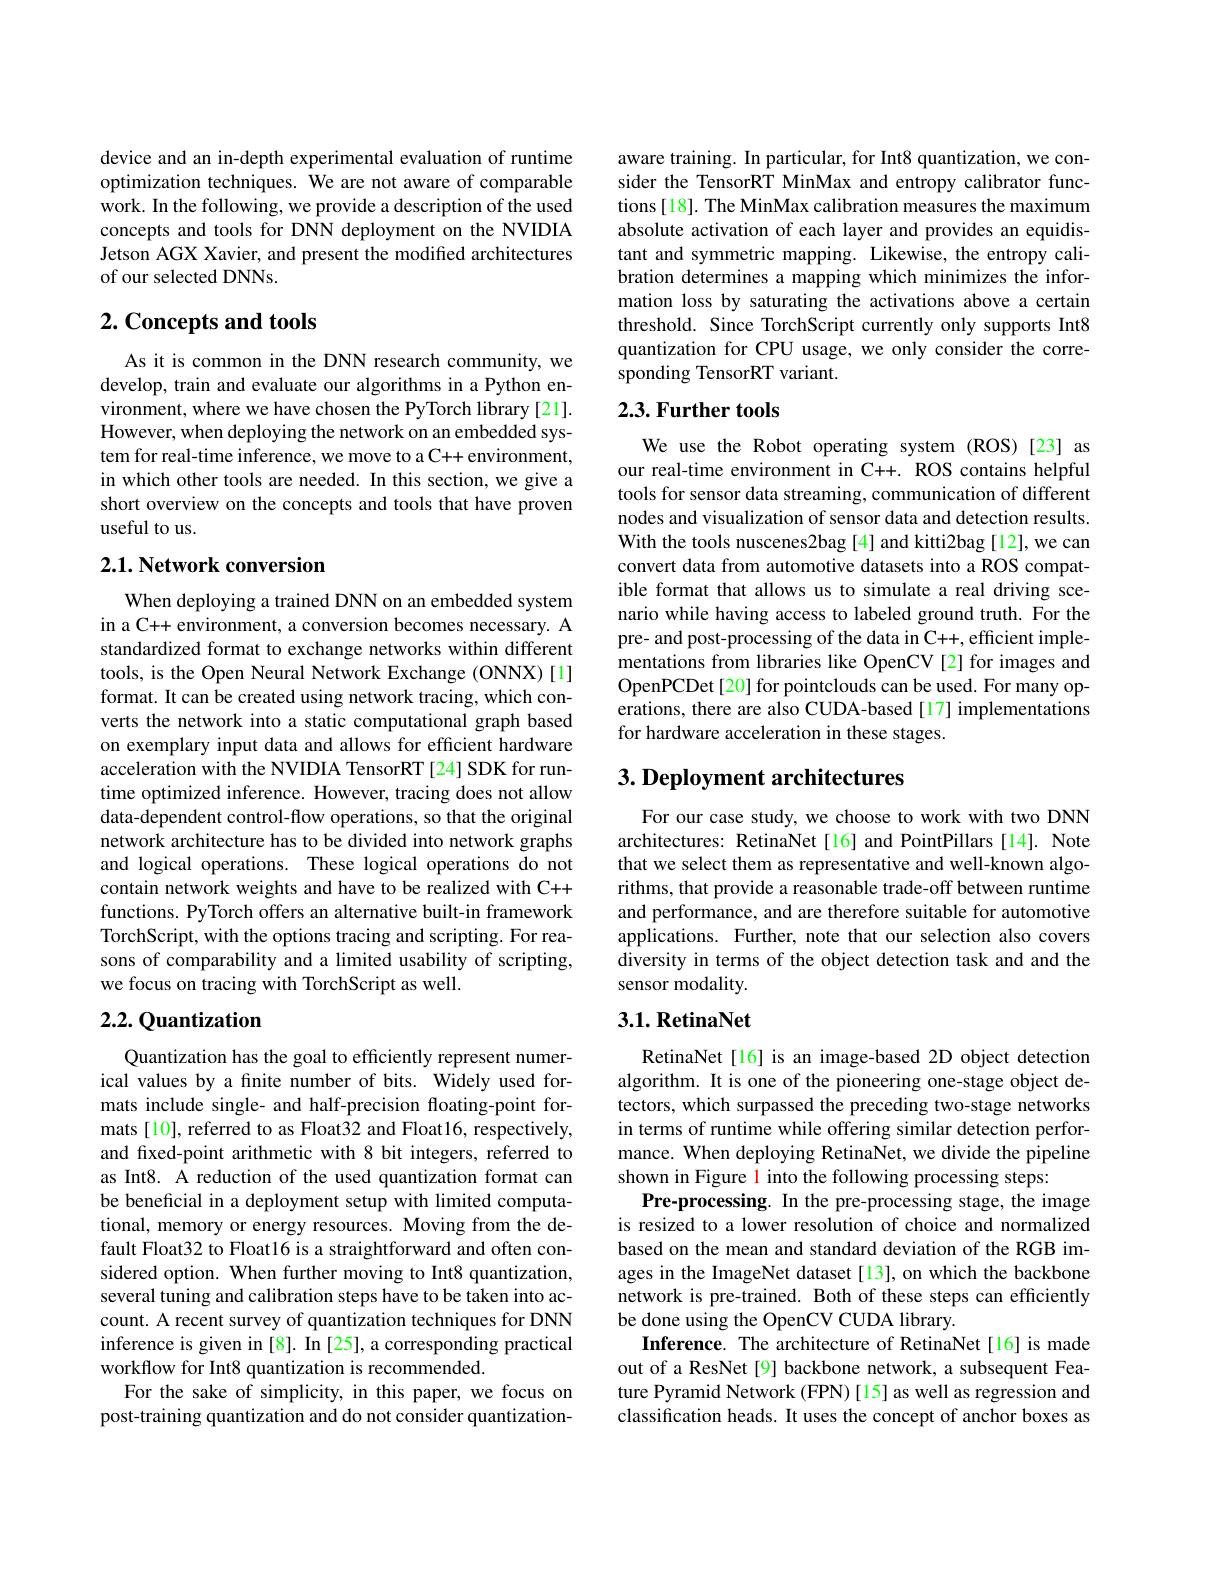
device and an in-depth experimental evaluation of runtime optimization techniques. We are not aware of comparable work. In the following, we provide a description of the used concepts and tools for DNN deployment on the NVIDIA Jetson AGX Xavier, and present the modified architectures of our selected DNNs.

## $2. \textbf{Concepts and tools}$

As it is common in the DNN research community, we develop, train and evaluate our algorithms in a Python environment, where we have chosen the PyTorch library [21]. However, when deploying the network on an embedded system for real-time inference, we move to a C++ environment, in which other tools are needed. In this section, we give a short overview on the concepts and tools that have proven useful to us.

## $2. 1. \textbf{ Network conversion}$

When deploying a trained DNN on an embedded system in a C++ environment, a conversion becomes necessary. A standardized format to exchange networks within different tools, is the Open Neural Network Exchange (ONNX)[1] format. It can be created using network tracing, which converts the network into a static computational graph based on exemplary input data and allows for effcient hardware acceleration with the NVIDIA TensorRT [24] SDK for runtime optimized inference. However, tracing does not allow data-dependent control-flow operations, so that the original network architecture has to be divided into network graphs and logical operations. These logical operations do not contain network weights and have to be realized with C++ functions. PyTorch offers an alternative built-in framework TorchScript, with the options tracing and scripting. For reasons of comparability and a limited usability of scripting, we focus on tracing with TorchScript as well.

## 2.2. Quantization

Quantization has the goal to efficiently represent numerical values by a finite number of bits. Widely used formats include single- and half-precision floating-point formats [10], referred to as Float32 and Float16, respectively, and fixed-point arithmetic with 8 bit integers, referred to as Int8. A reduction of the used quantization format can be beneficial in a deployment setup with limited computational, memory or energy resources. Moving from the default Float32 to Float16 is a straightforward and often considered option. When further moving to Int8 quantization, several tuning and calibration steps have to be taken into account. A recent survey of quantization techniques for DNN inference is given in [8]. In [25], a corresponding practical workflow for Int8 quantization is recommended.
For the sake of simplicity, in this paper, we focus on post-training quantization and do not consider quantization-

aware training. In particular, for Int8 quantization, we consider the TensorRT MinMax and entropy calibrator functions [18]. The MinMax calibration measures the maximum absolute activation of each layer and provides an equidistant and symmetric mapping. Likewise, the entropy calibration determines a mapping which minimizes the information loss by saturating the activations above a certain threshold. Since TorchScript currently only supports Int8 quantization for CPU usage, we only consider the corresponding TensorRT variant.

### $2. 3. \textbf{Further tools}$

We use the Robot operating system (ROS)[23] as our real-time environment in C++. ROS contains helpful tools for sensor data streaming, communication of different nodes and visualization of sensor data and detection results. With the tools nuscenes2bag [4] and kitti2bag [12], we can convert data from automotive datasets into a ROS compatible format that allows us to simulate a real driving scenario while having access to labeled ground truth. For the pre- and post-processing of the data in C++, efficient implementations from libraries like OpenCV [2] for images and OpenPCDet[20] for pointclouds can be used. For many operations, there are also CUDA-based [17] implementations for hardware acceleration in these stages.

## 3. Deployment architectures

For our case study, we choose to work with two DNN architectures: RetinaNet[16] and PointPillars[14]. Note that we select them as representative and well-known algorithms, that provide a reasonable trade-off between runtime and performance, and are therefore suitable for automotive applications. Further, note that our selection also covers diversity in terms of the object detection task and and the sensor modality.

## $3. 1. \textbf{RetinaNet}$

RetinaNet[16] is an image-based 2D object detection algorithm. It is one of the pioneering one-stage object detectors, which surpassed the preceding two-stage networks in terms of runtime while offering similar detection performance. When deploying RetinaNet, we divide the pipeline shown in Figure l into the following processing steps:
Pre-processing. In the pre-processing stage, the image is resized to a lower resolution of choice and normalized based on the mean and standard deviation of the RGB images in the ImageNet dataset[13], on which the backbone network is pre-trained. Both of these steps can efficiently be done using the OpenCV CUDA library.
Inference. The architecture of RetinaNet[16] is made out of a ResNet[9] backbone network, a subsequent Feature Pyramid Network (FPN)[15] as well as regression and classification heads. It uses the concept of anchor boxes as